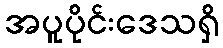
အပူပိုင်းဒေသရှိ